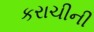
કરાચીની